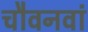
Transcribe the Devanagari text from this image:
चौवनवां